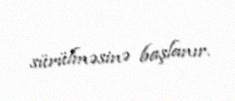
sürülməsinə başlanır.